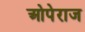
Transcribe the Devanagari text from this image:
ओपेराज